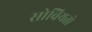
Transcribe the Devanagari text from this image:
सोवियतो